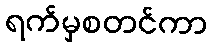
ရက်မှစတင်ကာ